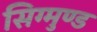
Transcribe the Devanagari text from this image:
सिग्मुण्ड